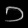
Digit: ၁